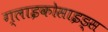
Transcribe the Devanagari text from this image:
ग्लाइकोसाइड्स